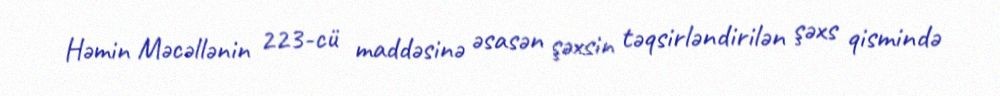
Həmin Məcəllənin 223-cü maddəsinə əsasən şəxsin təqsirləndirilən şəxs qismində